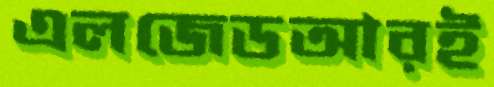
এলজেডআরই